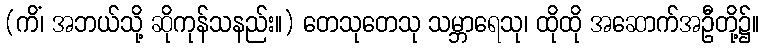
(ကိံ၊ အဘယ်သို့ ဆိုကုန်သနည်း။) တေသုတေသု သမ္ဘာရေသု၊ ထိုထို အဆောက်အဦတို့၌။